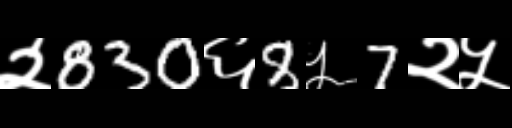
Text: २830६8५7२५